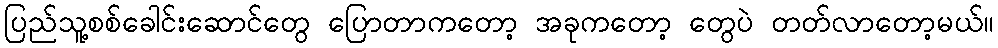
ပြည်သူ့စစ်ခေါင်းဆောင်တွေ ပြောတာကတော့ အခုကတော့ တွေပဲ တတ်လာတော့မယ်။